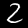
Digit: 2